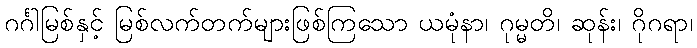
ဂင်္ဂါမြစ်နှင့် မြစ်လက်တက်များဖြစ်ကြသော ယမုံနာ၊ ဂုမ္မတိ၊ ဆုန်း၊ ဂိုဂရာ၊